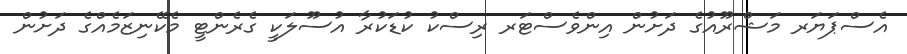
އެސްޕަޔަރ މަޝްރޫއުގެ ދަށުން އިންވެސްޓަރ ރިސްކު ކުޑަކުރާ އުސޫލަކީ ގެރެންޓީ މެކޭނިޒަމެއްގެ ދަށުން